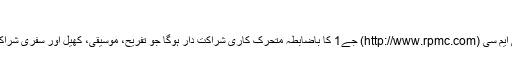
”
عالمی برانڈ تقریبات اور تجربات کا معروف فراہم کنندہ آر پی ایم سی (http://www.rpmc.com) جے1 کا باضابطہ متحرک کاری شراکت دار ہوگا جو تفریح، موسیقی، کھیل اور سفری شراکت داروں کے عالمی نیٹ ورک تک رسائی فراہم کر رہا ہے۔